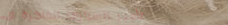
تأجير السيارات الفاخرة لل